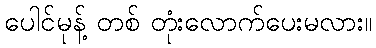
ပေါင်မုန့် တစ် တုံးလောက်ပေးမလား။